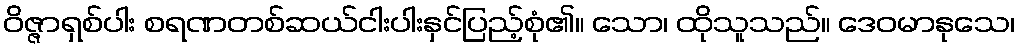
ဝိဇ္ဇာရှစ်ပါး စရဏတစ်ဆယ်ငါးပါးနှင်ပြည့်စုံ၏။ သော၊ ထိုသူသည်။ ဒေဝမာနုသေ၊